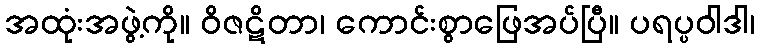
အထုံးအဖွဲ့ကို။ ဝိဇဋိတာ၊ ကောင်းစွာဖြေအပ်ပြီ။ ပရပ္ပဝါဒါ၊